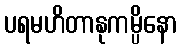
ပရမဟိတာနုကမ္ပိနော